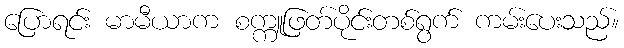
ပြောရင်း မာမီယာက စက္ကူဖြတ်ပိုင်းတစ်ရွက် ကမ်းပေးသည်။